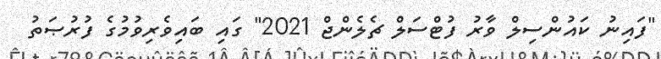
"ފައިނު ކައުންސިލް ވާރު ފުޓްސަލް ޗެލެންޖް 2021" ގައި ބައިވެރިވުމުގެ ފުރުޞަތު